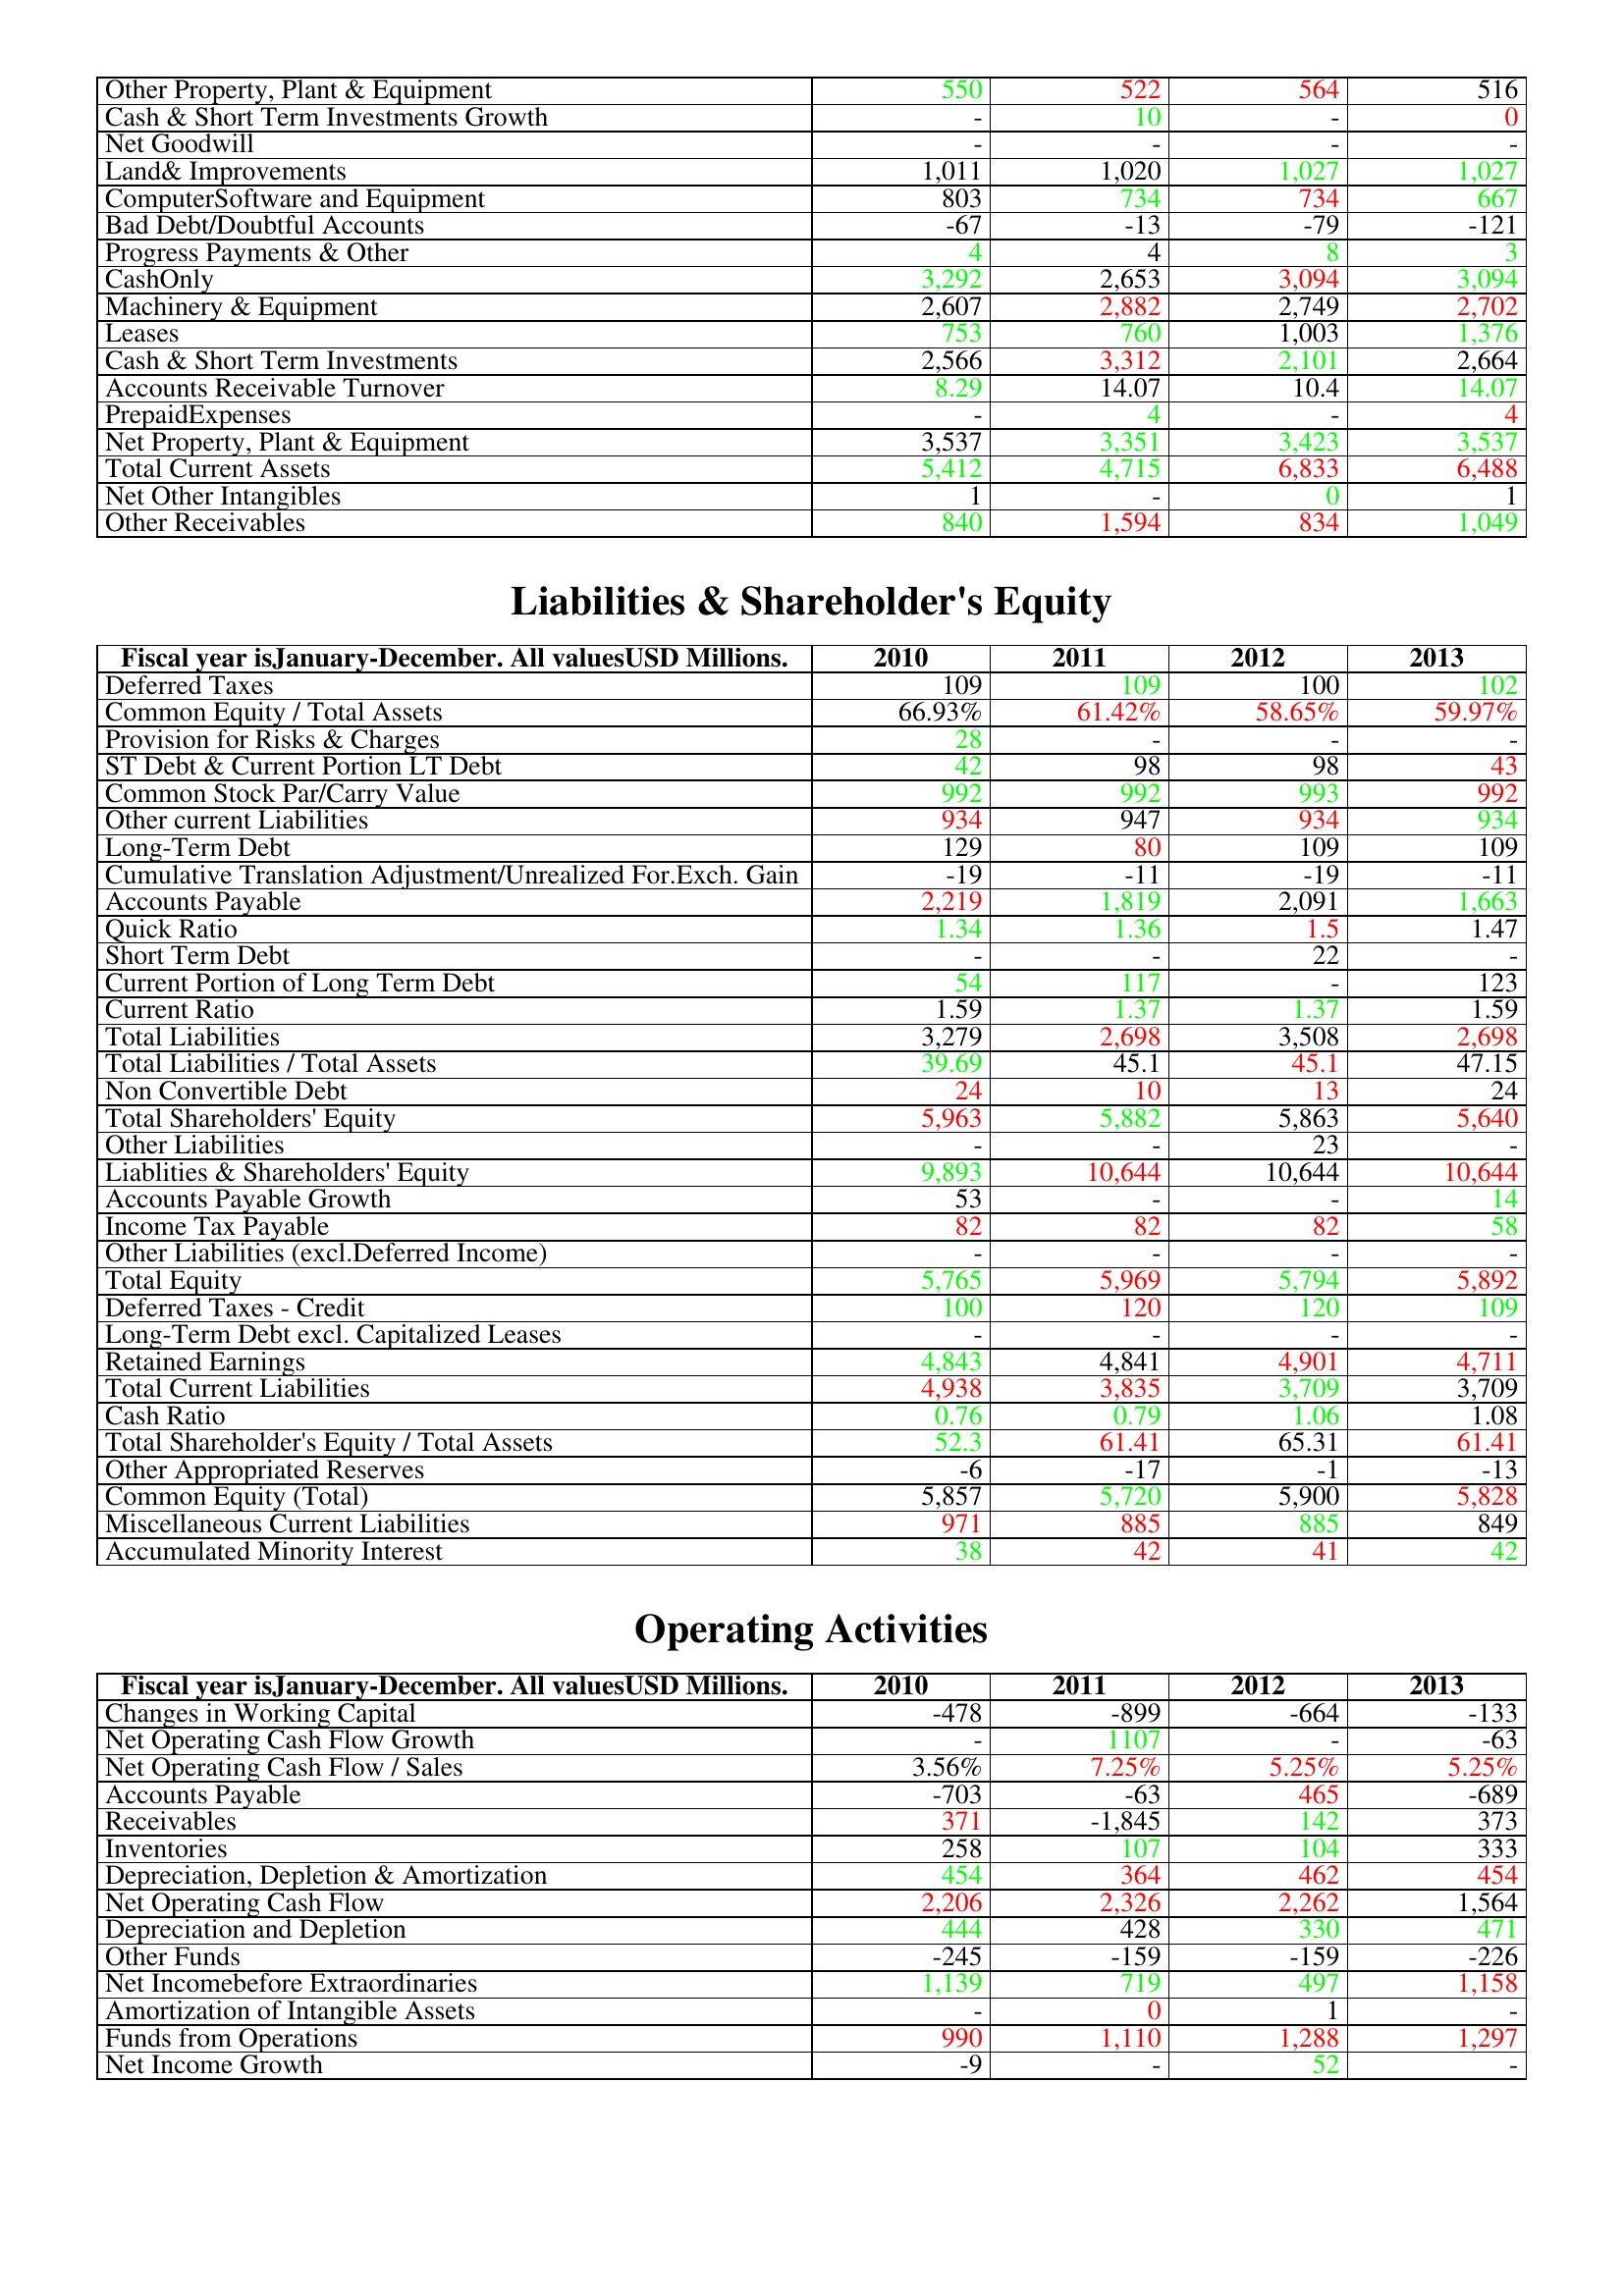
gt_parse: 2010: Assets: Other Property, Plant & Equipment: 550
Cash & Short Term Investments Growth: -
Net Goodwill: -
Land& Improvements: 1,011
ComputerSoftware and Equipment: 803
Bad Debt/Doubtful Accounts: -67
Progress Payments & Other: 4
CashOnly: 3,292
Machinery & Equipment: 2,607
Leases: 753
Cash & Short Term Investments: 2,566
Accounts Receivable Turnover: 8.29
PrepaidExpenses: -
Net Property, Plant & Equipment: 3,537
Total Current Assets: 5,412
Net Other Intangibles: 1
Other Receivables: 840
Liabilities & Shareholder's Equity: Deferred Taxes: 109
Common Equity / Total Assets: 66.93%
Provision for Risks & Charges: 28
ST Debt & Current Portion LT Debt: 42
Common Stock Par/Carry Value: 992
Other current Liabilities: 934
Long-Term Debt: 129
Cumulative Translation Adjustment/Unrealized For.Exch. Gain: -19
Accounts Payable: 2,219
Quick Ratio: 1.34
Short Term Debt: -
Current Portion of Long Term Debt: 54
Current Ratio: 1.59
Total Liabilities: 3,279
Total Liabilities / Total Assets: 39.69
Non Convertible Debt: 24
Total Shareholders' Equity: 5,963
Other Liabilities: -
Liablities & Shareholders' Equity: 9,893
Accounts Payable Growth: 53
Income Tax Payable: 82
Other Liabilities (excl.Deferred Income): -
Total Equity: 5,765
Deferred Taxes - Credit: 100
Long-Term Debt excl. Capitalized Leases: -
Retained Earnings: 4,843
Total Current Liabilities: 4,938
Cash Ratio: 0.76
Total Shareholder's Equity / Total Assets: 52.3
Other Appropriated Reserves: -6
Common Equity (Total): 5,857
Miscellaneous Current Liabilities: 971
Accumulated Minority Interest: 38
Operating Activities: Changes in Working Capital: -478
Net Operating Cash Flow Growth: -
Net Operating Cash Flow / Sales: 3.56%
Accounts Payable: -703
Receivables: 371
Inventories: 258
Depreciation, Depletion & Amortization: 454
Net Operating Cash Flow: 2,206
Depreciation and Depletion: 444
Other Funds: -245
Net Incomebefore Extraordinaries: 1,139
Amortization of Intangible Assets: -
Funds from Operations: 990
Net Income Growth: -9
2011: Assets: Other Property, Plant & Equipment: 522
Cash & Short Term Investments Growth: 10
Net Goodwill: -
Land& Improvements: 1,020
ComputerSoftware and Equipment: 734
Bad Debt/Doubtful Accounts: -13
Progress Payments & Other: 4
CashOnly: 2,653
Machinery & Equipment: 2,882
Leases: 760
Cash & Short Term Investments: 3,312
Accounts Receivable Turnover: 14.07
PrepaidExpenses: 4
Net Property, Plant & Equipment: 3,351
Total Current Assets: 4,715
Net Other Intangibles: -
Other Receivables: 1,594
Liabilities & Shareholder's Equity: Deferred Taxes: 109
Common Equity / Total Assets: 61.42%
Provision for Risks & Charges: -
ST Debt & Current Portion LT Debt: 98
Common Stock Par/Carry Value: 992
Other current Liabilities: 947
Long-Term Debt: 80
Cumulative Translation Adjustment/Unrealized For.Exch. Gain: -11
Accounts Payable: 1,819
Quick Ratio: 1.36
Short Term Debt: -
Current Portion of Long Term Debt: 117
Current Ratio: 1.37
Total Liabilities: 2,698
Total Liabilities / Total Assets: 45.1
Non Convertible Debt: 10
Total Shareholders' Equity: 5,882
Other Liabilities: -
Liablities & Shareholders' Equity: 10,644
Accounts Payable Growth: -
Income Tax Payable: 82
Other Liabilities (excl.Deferred Income): -
Total Equity: 5,969
Deferred Taxes - Credit: 120
Long-Term Debt excl. Capitalized Leases: -
Retained Earnings: 4,841
Total Current Liabilities: 3,835
Cash Ratio: 0.79
Total Shareholder's Equity / Total Assets: 61.41
Other Appropriated Reserves: -17
Common Equity (Total): 5,720
Miscellaneous Current Liabilities: 885
Accumulated Minority Interest: 42
Operating Activities: Changes in Working Capital: -899
Net Operating Cash Flow Growth: 1107
Net Operating Cash Flow / Sales: 7.25%
Accounts Payable: -63
Receivables: -1,845
Inventories: 107
Depreciation, Depletion & Amortization: 364
Net Operating Cash Flow: 2,326
Depreciation and Depletion: 428
Other Funds: -159
Net Incomebefore Extraordinaries: 719
Amortization of Intangible Assets: 0
Funds from Operations: 1,110
Net Income Growth: -
2012: Assets: Other Property, Plant & Equipment: 564
Cash & Short Term Investments Growth: -
Net Goodwill: -
Land& Improvements: 1,027
ComputerSoftware and Equipment: 734
Bad Debt/Doubtful Accounts: -79
Progress Payments & Other: 8
CashOnly: 3,094
Machinery & Equipment: 2,749
Leases: 1,003
Cash & Short Term Investments: 2,101
Accounts Receivable Turnover: 10.4
PrepaidExpenses: -
Net Property, Plant & Equipment: 3,423
Total Current Assets: 6,833
Net Other Intangibles: 0
Other Receivables: 834
Liabilities & Shareholder's Equity: Deferred Taxes: 100
Common Equity / Total Assets: 58.65%
Provision for Risks & Charges: -
ST Debt & Current Portion LT Debt: 98
Common Stock Par/Carry Value: 993
Other current Liabilities: 934
Long-Term Debt: 109
Cumulative Translation Adjustment/Unrealized For.Exch. Gain: -19
Accounts Payable: 2,091
Quick Ratio: 1.5
Short Term Debt: 22
Current Portion of Long Term Debt: -
Current Ratio: 1.37
Total Liabilities: 3,508
Total Liabilities / Total Assets: 45.1
Non Convertible Debt: 13
Total Shareholders' Equity: 5,863
Other Liabilities: 23
Liablities & Shareholders' Equity: 10,644
Accounts Payable Growth: -
Income Tax Payable: 82
Other Liabilities (excl.Deferred Income): -
Total Equity: 5,794
Deferred Taxes - Credit: 120
Long-Term Debt excl. Capitalized Leases: -
Retained Earnings: 4,901
Total Current Liabilities: 3,709
Cash Ratio: 1.06
Total Shareholder's Equity / Total Assets: 65.31
Other Appropriated Reserves: -1
Common Equity (Total): 5,900
Miscellaneous Current Liabilities: 885
Accumulated Minority Interest: 41
Operating Activities: Changes in Working Capital: -664
Net Operating Cash Flow Growth: -
Net Operating Cash Flow / Sales: 5.25%
Accounts Payable: 465
Receivables: 142
Inventories: 104
Depreciation, Depletion & Amortization: 462
Net Operating Cash Flow: 2,262
Depreciation and Depletion: 330
Other Funds: -159
Net Incomebefore Extraordinaries: 497
Amortization of Intangible Assets: 1
Funds from Operations: 1,288
Net Income Growth: 52
2013: Assets: Other Property, Plant & Equipment: 516
Cash & Short Term Investments Growth: 0
Net Goodwill: -
Land& Improvements: 1,027
ComputerSoftware and Equipment: 667
Bad Debt/Doubtful Accounts: -121
Progress Payments & Other: 3
CashOnly: 3,094
Machinery & Equipment: 2,702
Leases: 1,376
Cash & Short Term Investments: 2,664
Accounts Receivable Turnover: 14.07
PrepaidExpenses: 4
Net Property, Plant & Equipment: 3,537
Total Current Assets: 6,488
Net Other Intangibles: 1
Other Receivables: 1,049
Liabilities & Shareholder's Equity: Deferred Taxes: 102
Common Equity / Total Assets: 59.97%
Provision for Risks & Charges: -
ST Debt & Current Portion LT Debt: 43
Common Stock Par/Carry Value: 992
Other current Liabilities: 934
Long-Term Debt: 109
Cumulative Translation Adjustment/Unrealized For.Exch. Gain: -11
Accounts Payable: 1,663
Quick Ratio: 1.47
Short Term Debt: -
Current Portion of Long Term Debt: 123
Current Ratio: 1.59
Total Liabilities: 2,698
Total Liabilities / Total Assets: 47.15
Non Convertible Debt: 24
Total Shareholders' Equity: 5,640
Other Liabilities: -
Liablities & Shareholders' Equity: 10,644
Accounts Payable Growth: 14
Income Tax Payable: 58
Other Liabilities (excl.Deferred Income): -
Total Equity: 5,892
Deferred Taxes - Credit: 109
Long-Term Debt excl. Capitalized Leases: -
Retained Earnings: 4,711
Total Current Liabilities: 3,709
Cash Ratio: 1.08
Total Shareholder's Equity / Total Assets: 61.41
Other Appropriated Reserves: -13
Common Equity (Total): 5,828
Miscellaneous Current Liabilities: 849
Accumulated Minority Interest: 42
Operating Activities: Changes in Working Capital: -133
Net Operating Cash Flow Growth: -63
Net Operating Cash Flow / Sales: 5.25%
Accounts Payable: -689
Receivables: 373
Inventories: 333
Depreciation, Depletion & Amortization: 454
Net Operating Cash Flow: 1,564
Depreciation and Depletion: 471
Other Funds: -226
Net Incomebefore Extraordinaries: 1,158
Amortization of Intangible Assets: -
Funds from Operations: 1,297
Net Income Growth: -